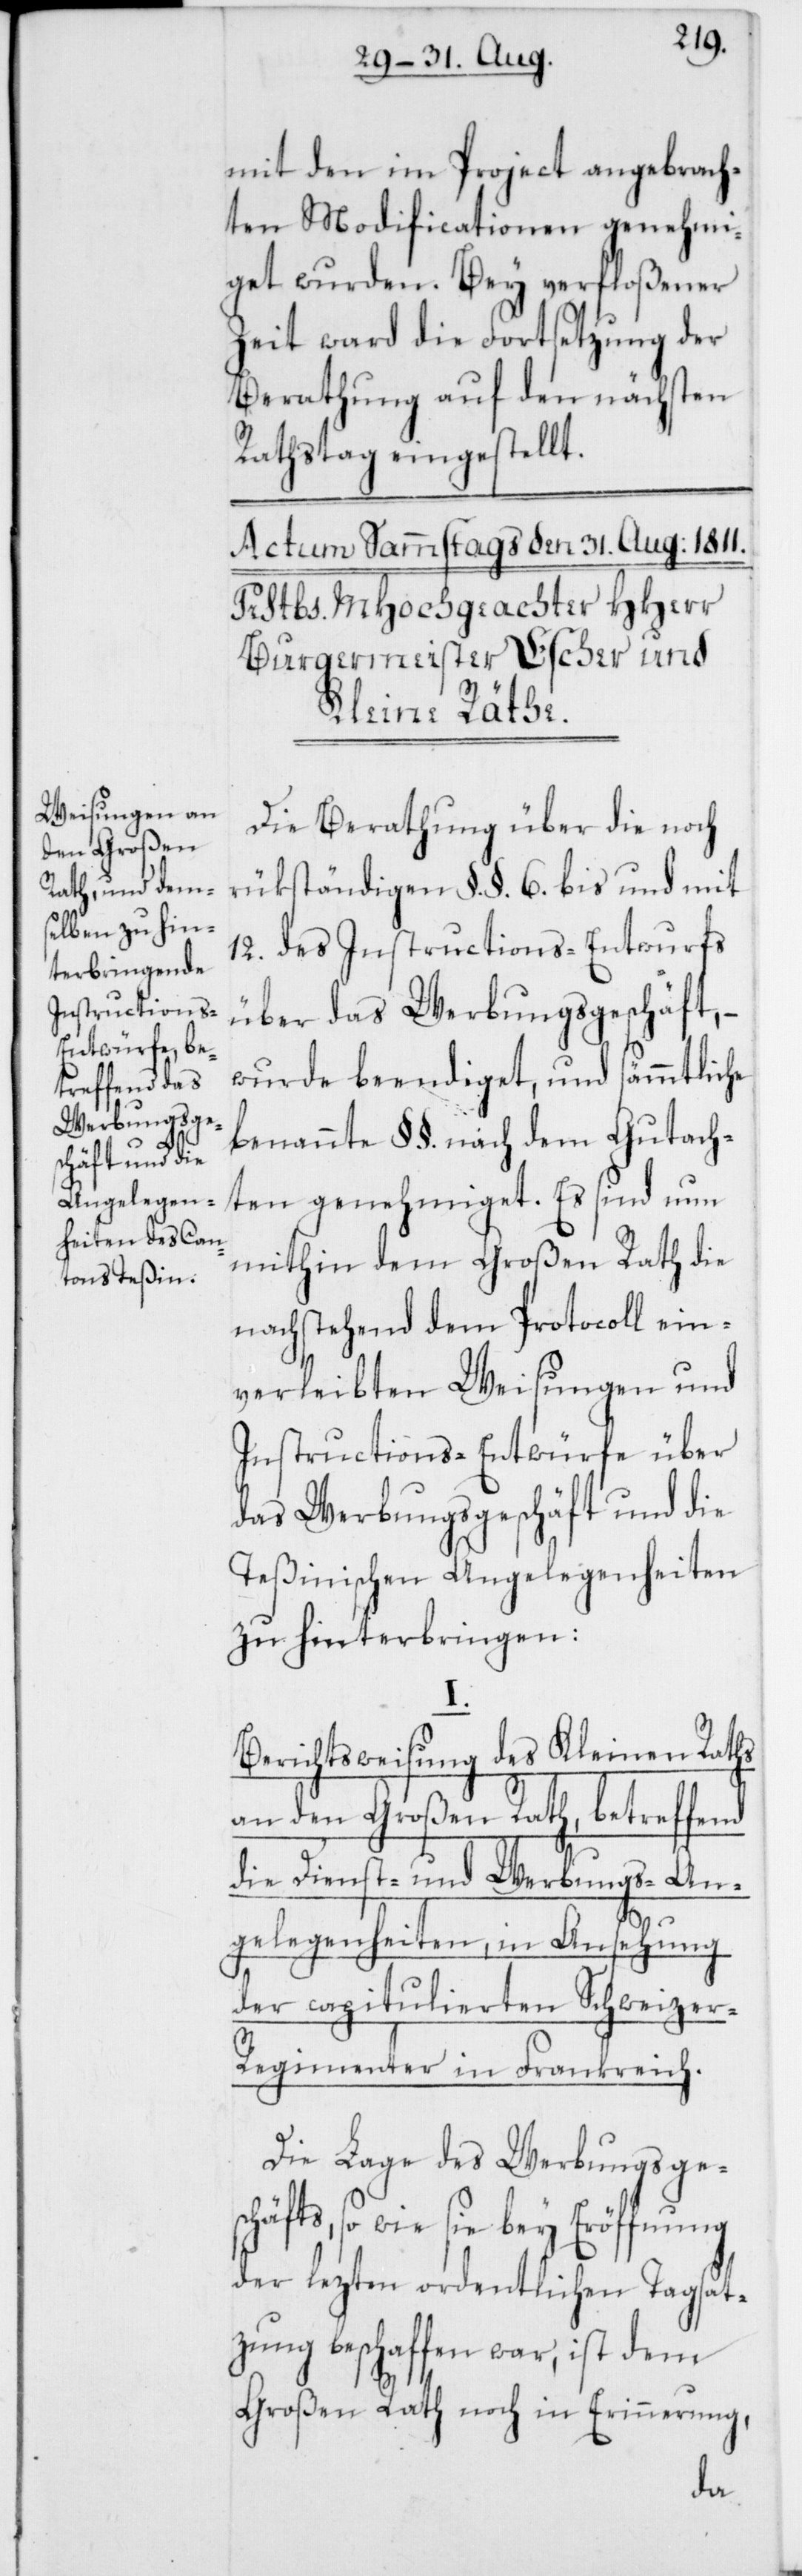
mit den im Project angebrach¬
ten Modificationen genehmi¬
get wurden. Bey verfloßener
Zeit ward die Fortsetzung der
Berathung auf den nächsten
Rathstag eingestellt.
Die Berathung über die noch
rükständigen §§. 6. bis und mit
12. des Instructions-Entwurfs
über das Werbungsgeschäft, –
wurde beendiget, und sämmtliche
benannte §§. nach dem Gutach¬
ten genehmiget. Es sind nun
mithin dem Großen Rath die
nachstehend dem Protocoll ein¬
verleibten Weisungen und
Instructions-Entwürfe über
das Werbungsgeschäft und die
Teßinischen Angelegenheiten
zu hinterbringen.
Berichtsweisung des Kleinen Raths
an den Großen Rath, betreffend
die Dienst- und Werbungs-An¬
gelegenheiten, in Ansehung
der capitulierten Schweize¬
r-Regimenter in Frankreich.
Die Lage des Werbungsge¬
schäfts, so wie sie bey Eröffnung
der lezten ordentlichen Tagsat¬
zung beschaffen war, ist dem
Großen Rath noch in Erinnerung,